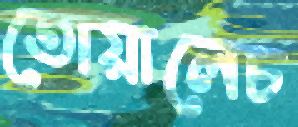
তোয়ালেচ